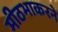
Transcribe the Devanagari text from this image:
मीठभाकरने